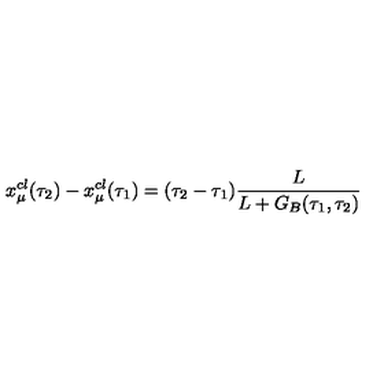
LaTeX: x _ { \mu } ^ { c l } ( \tau _ { 2 } ) - x _ { \mu } ^ { c l } ( \tau _ { 1 } ) = ( \tau _ { 2 } - \tau _ { 1 } ) \frac { L } { L + G _ { B } ( \tau _ { 1 } , \tau _ { 2 } ) }